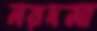
নরদমা